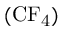
\mathrm { ( C F _ { 4 } ) }